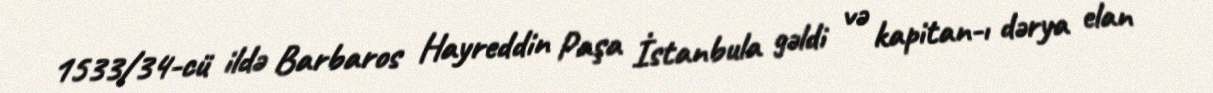
1533/34-cü ildə Barbaros Hayreddin Paşa İstanbula gəldi və kapitan-ı dərya elan